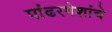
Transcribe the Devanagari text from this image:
पांढरपेशांचे